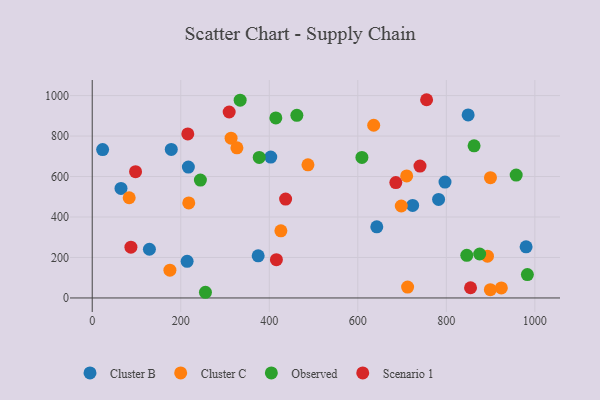
{"axis": {"x": "Investment", "y": "Salary"}, "legend": ["Cluster B", "Cluster C", "Observed", "Scenario 1"], "data": [{"x": "642.9", "y": 351.6, "type": "Cluster B"}, {"x": "217.2", "y": 646.5, "type": "Cluster B"}, {"x": "129.2", "y": 240.6, "type": "Cluster B"}, {"x": "214.4", "y": 181.2, "type": "Cluster B"}, {"x": "723.9", "y": 457.2, "type": "Cluster B"}, {"x": "980.2", "y": 252.5, "type": "Cluster B"}, {"x": "178.6", "y": 733.7, "type": "Cluster B"}, {"x": "374.9", "y": 208.4, "type": "Cluster B"}, {"x": "403.3", "y": 696.0, "type": "Cluster B"}, {"x": "782.5", "y": 486.8, "type": "Cluster B"}, {"x": "65.0", "y": 541.0, "type": "Cluster B"}, {"x": "797.0", "y": 572.4, "type": "Cluster B"}, {"x": "849.3", "y": 904.5, "type": "Cluster B"}, {"x": "23.5", "y": 733.1, "type": "Cluster B"}, {"x": "175.5", "y": 137.5, "type": "Cluster C"}, {"x": "710.4", "y": 603.2, "type": "Cluster C"}, {"x": "83.5", "y": 495.2, "type": "Cluster C"}, {"x": "635.9", "y": 853.3, "type": "Cluster C"}, {"x": "487.4", "y": 658.0, "type": "Cluster C"}, {"x": "218.1", "y": 469.5, "type": "Cluster C"}, {"x": "313.7", "y": 789.7, "type": "Cluster C"}, {"x": "924.3", "y": 49.4, "type": "Cluster C"}, {"x": "892.9", "y": 206.3, "type": "Cluster C"}, {"x": "326.9", "y": 741.6, "type": "Cluster C"}, {"x": "899.7", "y": 594.2, "type": "Cluster C"}, {"x": "426.2", "y": 331.6, "type": "Cluster C"}, {"x": "698.2", "y": 454.3, "type": "Cluster C"}, {"x": "899.4", "y": 41.0, "type": "Cluster C"}, {"x": "712.5", "y": 53.9, "type": "Cluster C"}, {"x": "244.4", "y": 582.4, "type": "Observed"}, {"x": "875.3", "y": 217.1, "type": "Observed"}, {"x": "414.8", "y": 889.7, "type": "Observed"}, {"x": "957.8", "y": 607.2, "type": "Observed"}, {"x": "462.3", "y": 902.3, "type": "Observed"}, {"x": "862.7", "y": 751.5, "type": "Observed"}, {"x": "846.2", "y": 210.8, "type": "Observed"}, {"x": "255.8", "y": 28.1, "type": "Observed"}, {"x": "609.3", "y": 694.6, "type": "Observed"}, {"x": "334.2", "y": 977.1, "type": "Observed"}, {"x": "377.3", "y": 694.2, "type": "Observed"}, {"x": "983.1", "y": 115.5, "type": "Observed"}, {"x": "685.9", "y": 570.3, "type": "Scenario 1"}, {"x": "97.9", "y": 624.0, "type": "Scenario 1"}, {"x": "436.9", "y": 488.8, "type": "Scenario 1"}, {"x": "215.9", "y": 810.4, "type": "Scenario 1"}, {"x": "87.4", "y": 250.8, "type": "Scenario 1"}, {"x": "755.4", "y": 979.5, "type": "Scenario 1"}, {"x": "309.4", "y": 918.9, "type": "Scenario 1"}, {"x": "854.7", "y": 50.5, "type": "Scenario 1"}, {"x": "740.5", "y": 651.7, "type": "Scenario 1"}, {"x": "416.1", "y": 189.3, "type": "Scenario 1"}]}